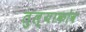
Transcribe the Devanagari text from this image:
तुल्याकोव